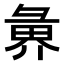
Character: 𭛑